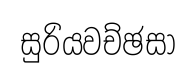
සුරියවච්ඡසා